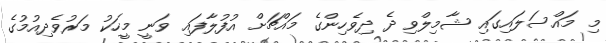
މި މައްސަލައިގައި ޝާމިލްވި ދެ ދިވެހިންގެ މައްޗަށް އުފުލާފައި ވަނީ މީހަކު މަރުވެދިއުމުގެ